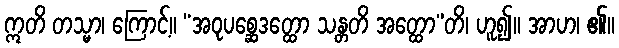
ဣတိ တသ္မာ၊ ကြောင့်။ “အဝုပစ္ဆေဒတ္ထော သန္တတိ အတ္ထော”တိ၊ ဟူ၍။ အာဟ၊ ၏။